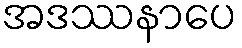
အဒဿနာပေ